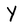
Character: Y